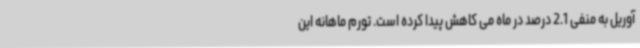
آوریل به منفی 2.1 درصد در ماه می کاهش پیدا کرده است. تورم ماهانه این